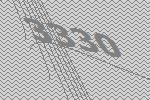
3330